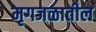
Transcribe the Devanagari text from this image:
मृगजळातील